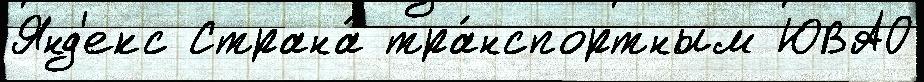
Янд'екс Страна́ тра́нспортным ЮВАО